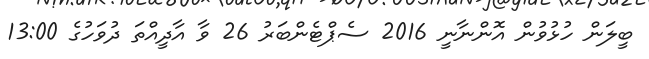
ބީލަން ހުޅުވުން އޮންނާނީ 2016 ސެޕްޓެންބަރު 26 ވާ އާދީއްތަ ދުވަހުގެ 13:00